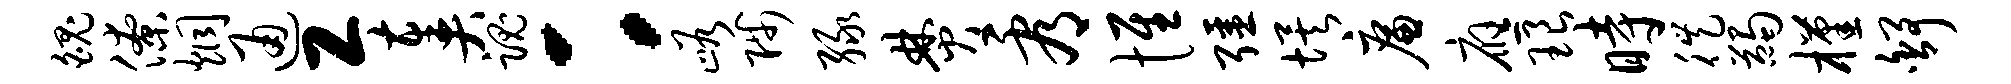
魄僚炯通工奏魂：峪陟绿焚看惟强埃廉应琅时徙蠲槿舒